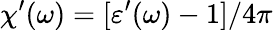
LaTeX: \chi^{\prime}(\omega)=[\varepsilon^{\prime}(\omega)-1]/4\pi